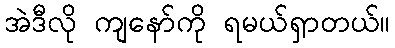
အဲဒီလို ကျနော်ကို ရမယ်ရှာတယ်။